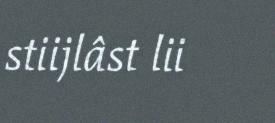
stiijlâst lii